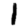
Digit: 1